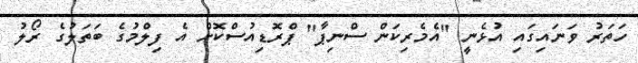
ހަތަރު ވަނައިގައި އުޅެނީ "އެމެރިކަން ސްނިޕާ" ޕްރޮޑިއުސްކޮށް އެ ފިލްމުގެ ބަތަލުގެ ރޯލު